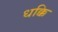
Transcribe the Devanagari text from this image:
धक्कि